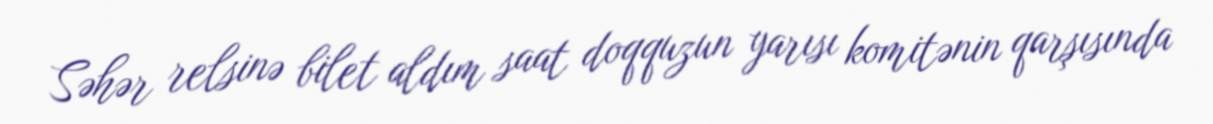
Səhər relsinə bilet aldım saat doqquzun yarısı komitənin qarşısında